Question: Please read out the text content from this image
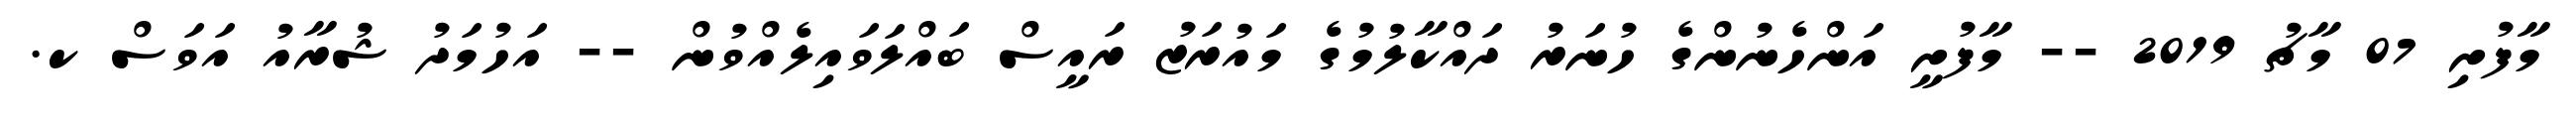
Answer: މާފުށި 07 މާޗު 2019 -- މާފުށީ އަންހެނުންގެ ހުނަރު ދައްކާލުމުގެ މައުރަޒު ރައީސް ބައްލަވައިލެއްވުން -- އަހުމަދު ޝުރާއު އަވަސް ކ.